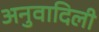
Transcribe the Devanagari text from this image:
अनुवादिली